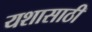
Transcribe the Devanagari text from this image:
यशासाठी